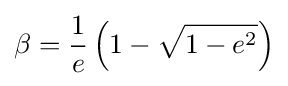
\beta ={\frac {1}{e}}\left(1-{\sqrt {1-e^{2}}}\right)